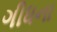
ગીધના